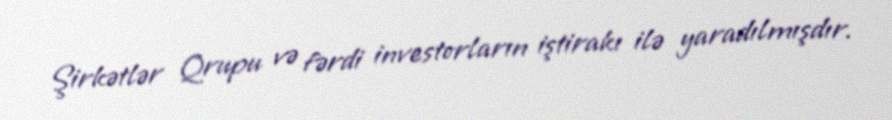
Şirkətlər Qrupu və fərdi investorların iştirakı ilə yaradılmışdır.